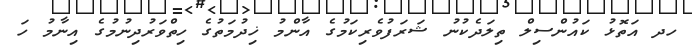
ހދ އަތޮޅު ކައުންސިލް ތިލަދެކުނު ޝަރަފުވެރިކަމުގެ އާންމު ޚިދުމަތުގެ ހިތްވަރުދިނުމުގެ އިނާމު ހަ